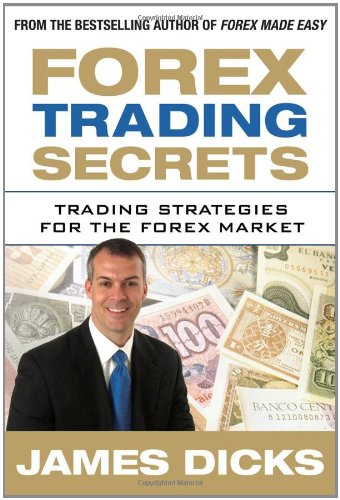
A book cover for Forex Trading Secrets: Trading Strategies for the Forex Market; James Dicks; Business & Money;